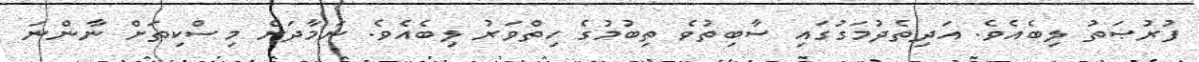
ފުރުޞަތު ލިބެއެވެ. އަދިތެދުމަގުގައި ސާބިތުވެ ތިބުމުގެ ހިތްވަރު ލިބެއެވެ. ނަމާދަށް މިސްކިތަށް ނާންނަ